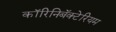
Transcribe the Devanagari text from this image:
कॉरिनिबॅक्टेरियम